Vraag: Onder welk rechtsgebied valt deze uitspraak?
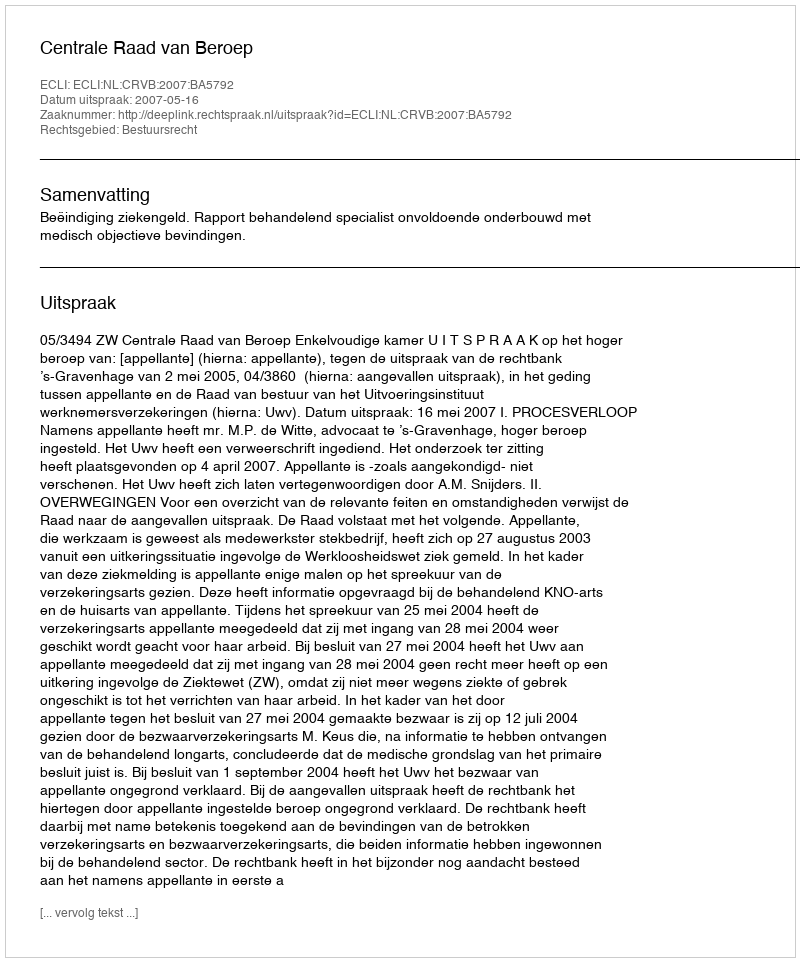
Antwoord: Bestuursrecht